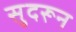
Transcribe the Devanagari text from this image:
सुदरून